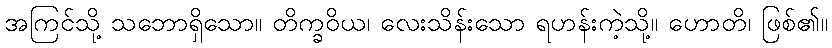
အကြင်သို့ သဘောရှိသော။ တိက္ခဝိယ၊ လေးသိန်းသော ရဟန်းကဲ့သို့။ ဟောတိ၊ ဖြစ်၏။